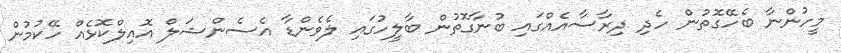
މީހުންނާ ބެހޭގޮތުން ހެދި ދިރާސާއެއްގައި ބުނާގޮތުން ބާލީހުގައި ލެވެންޑާ އެސެންޝަލް އޮއިލްކޮޅެއް ހޭކުމުން